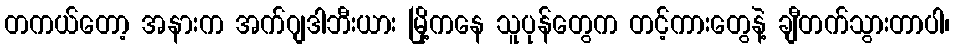
တကယ်တော့ အနားက အက်ဂျဒါဘီးယား မြို့ကနေ သူပုန်တွေက တင့်ကားတွေနဲ့ ချီတက်သွားတာပါ၊